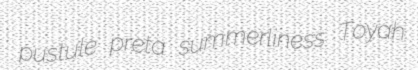
pustule preta summerliness Toyah